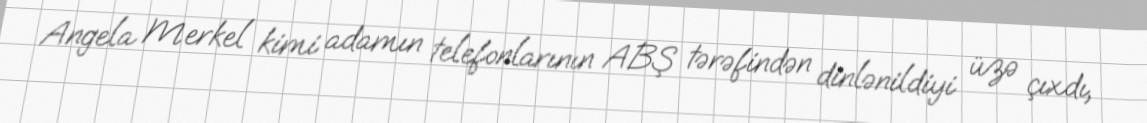
Angela Merkel kimi adamın telefonlarının ABŞ tərəfindən dinlənildiyi üzə çıxdı,